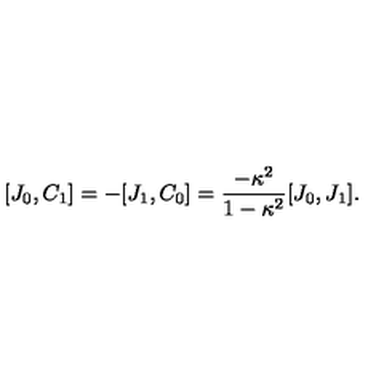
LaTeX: [ J _ { 0 } , C _ { 1 } ] = - [ J _ { 1 } , C _ { 0 } ] = { \frac { - \kappa ^ { 2 } } { 1 - \kappa ^ { 2 } } } [ J _ { 0 } , J _ { 1 } ] .